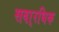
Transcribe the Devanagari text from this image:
सवा्रधिक